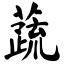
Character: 蔬